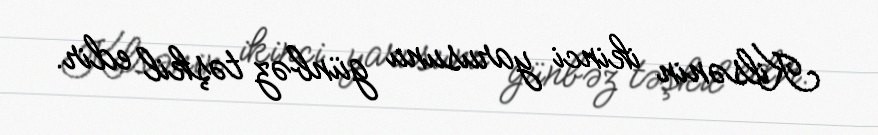
Kilsənin ikinci yarusunu günbəz təşkil edir.